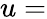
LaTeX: u=